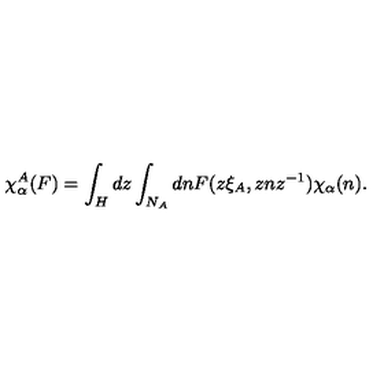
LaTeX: \chi _ { \alpha } ^ { A } ( F ) = \int _ { H } d z \int _ { N _ { A } } d n F ( z \xi _ { A } , z n z ^ { - 1 } ) \chi _ { \alpha } ( n ) .